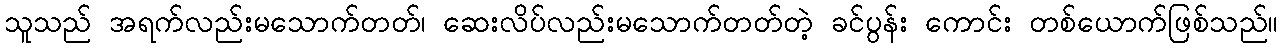
သူသည် အရက်လည်းမသောက်တတ်၊ ဆေးလိပ်လည်းမသောက်တတ်တဲ့ ခင်ပွန်း ကောင်း တစ်ယောက်ဖြစ်သည်။